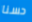
حسنا